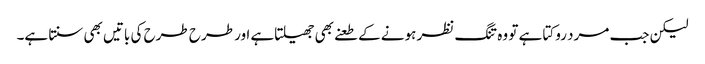
لیکن جب مرد روکتا ہے تو وہ تنگ نظر ہونے کے طعنے بھی جھیلتاہے اور طرح طرح کی باتیں بھی سنتا ہے۔